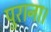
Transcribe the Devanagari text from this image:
पुराना।